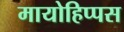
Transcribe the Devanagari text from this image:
मायोहिप्पस